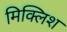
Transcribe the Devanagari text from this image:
मिक्लिश